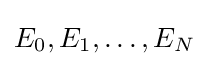
E_{0},E_{1},\ldots ,E_{N}